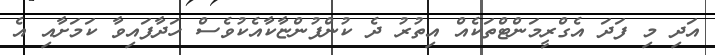
އަދި މި ފަދަ އެގްރީމަންޓްތަކެއް އިތުރު ދެ ކުންފުންޏާކާއެކުވެސް ހަދާފައިވާ ކަމަށާއި އެ